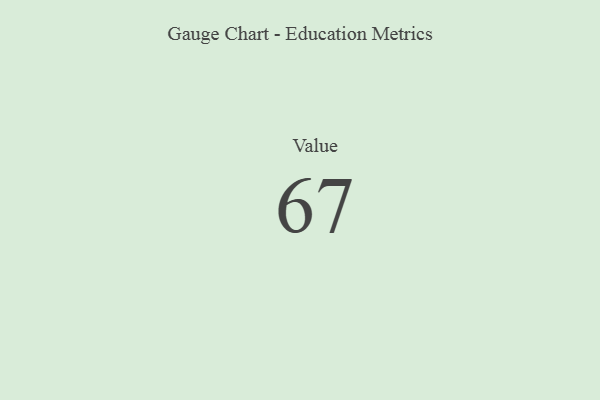
{"axis": {"x": "Metric", "y": "Value"}, "legend": [""], "data": [{"x": "Value", "y": 67, "type": ""}]}